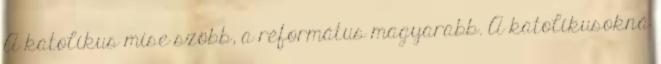
A katolikus mise szöbb, a réformátus magyarabb. A katolikusokná